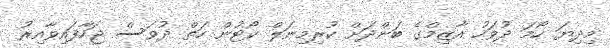
މިދިޔަ ހޯމަ ދުވަހު އާޒިމްގެ ބަންދަށް ކުރިމިނަލް ކޯޓުން ހަތް ދުވަސް ޖަހާފައިވާއިރު